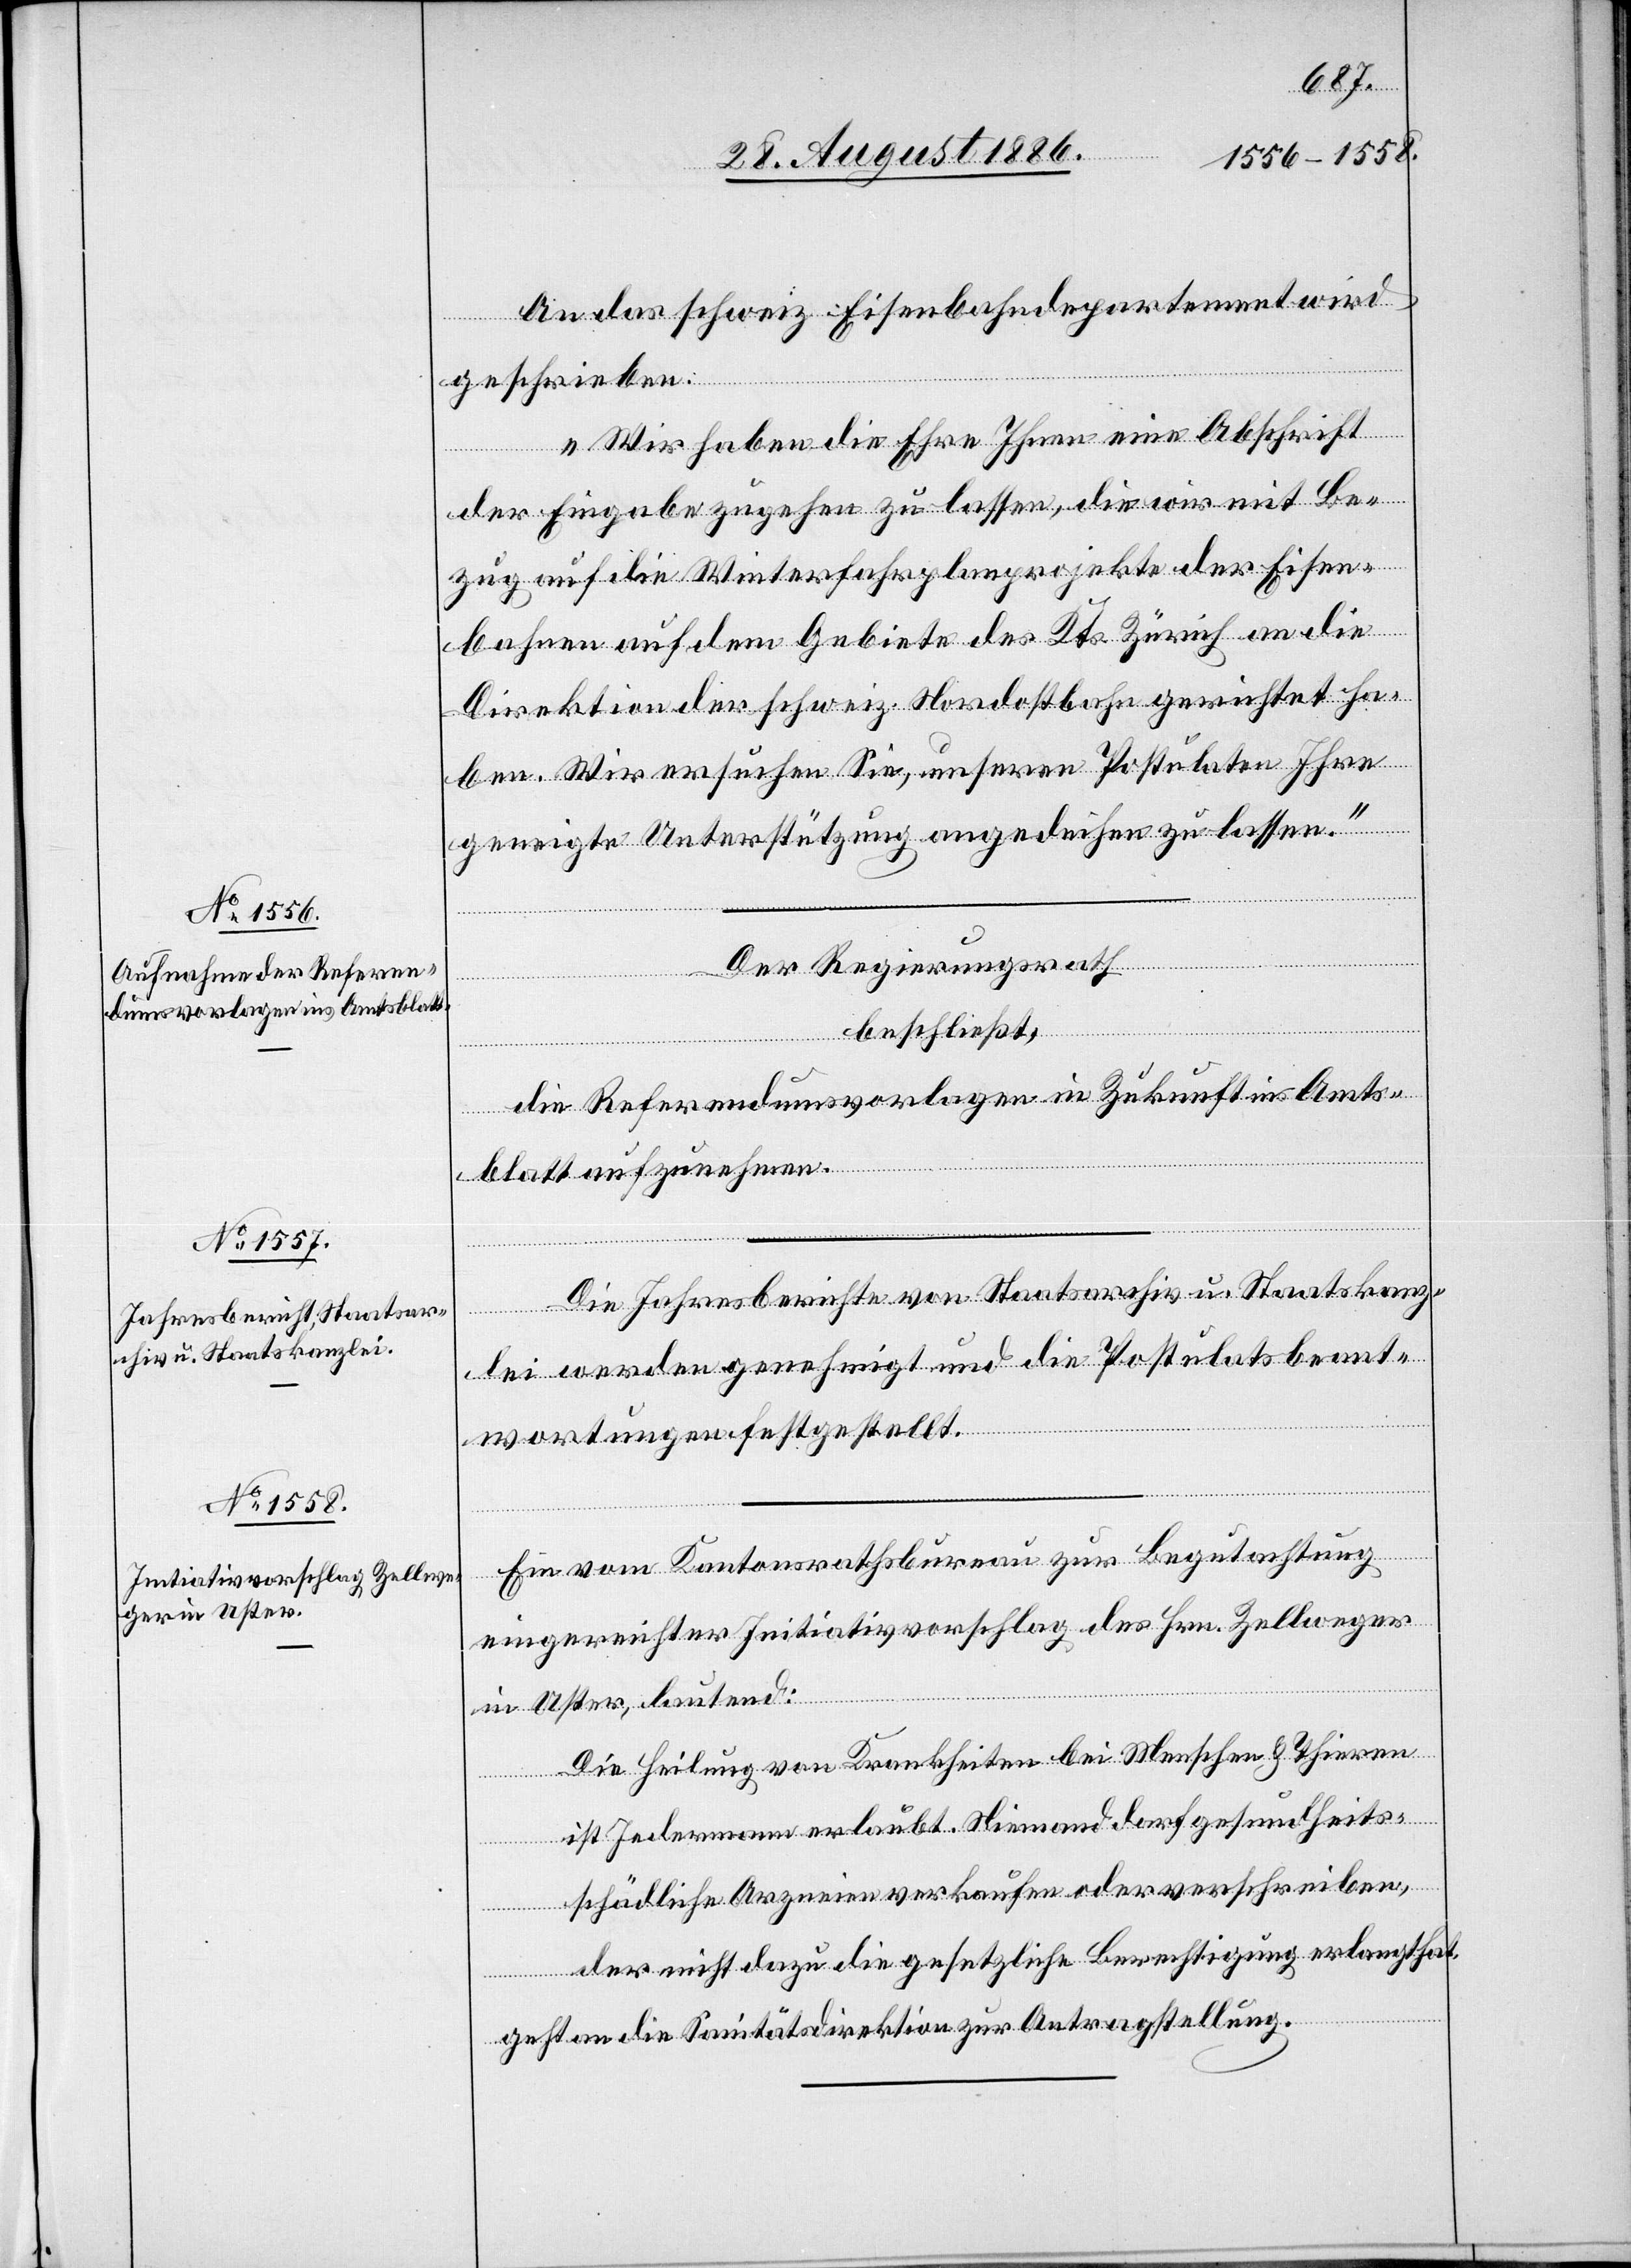
An das schweiz. Eisenbahndepartement wird
geschrieben:
„Wir haben die Ehre Ihnen eine Abschrift
der Eingabe zugehen zu lassen, die wir mit Be¬
zug auf die Winterfahrplanprojekte der Eisen¬
bahnen auf dem Gebiete des Kts. Zürich an die
Direktion der schweiz. Nordostbahn gerichtet ha¬
ben. Wir ersuchen Sie, unseren Postulaten Ihre
geneigte Unterstützung angedeihen zu lassen.“
Der Regierungsrath
beschließt:
die Referendumsvorlagen in Zukunft ins Amts¬
blatt aufzunehmen.
Die Jahresberichte von Staatsarchiv u. Staatskanz¬
lei werden genehmigt und die Postulatsbeant¬
wortungen festgestellt.
Ein vom Kantonsrathsbureau zur Begutachtung
eingereichter Initiativvorschlag des Hrn. Zellweger
in Uster, lautend:
Die Heilung von Krankheiten bei Menschen u. Thieren
ist Jedermann erlaubt. Niemand darf gesundheits¬
schädliche Arzneien verkaufen oder verschreiben,
der nicht dazu die gesetzliche Berechtigung erlangt hat.
geht an die Sanitätsdirektion zur Antragstellung.